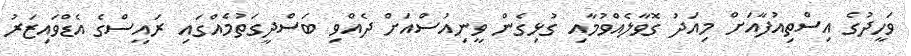
ވަހީދުގެ އިސްތިއުފާއަށް މިއަދު ގޮވާލެއްވުމާއި ގުޅިގެން ވީނިއުސްއަށް ދެއްވި ބަސްދީގަތުމެއްގައި ރައީސްގެ އެޑްވައިޒަރު